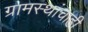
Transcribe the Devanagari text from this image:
ग्रामस्थांचाही